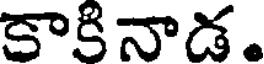
కాకినాడ.